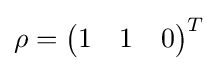
\rho ={\begin{pmatrix}1&1&0\end{pmatrix}}^{T}